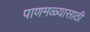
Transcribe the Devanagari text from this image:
पाणमळ्यासाठी